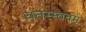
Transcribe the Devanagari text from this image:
यतस्स्वयम्